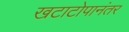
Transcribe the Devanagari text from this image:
खटाटोपानंतर